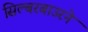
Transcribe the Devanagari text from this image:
सिल्बरबाउरने